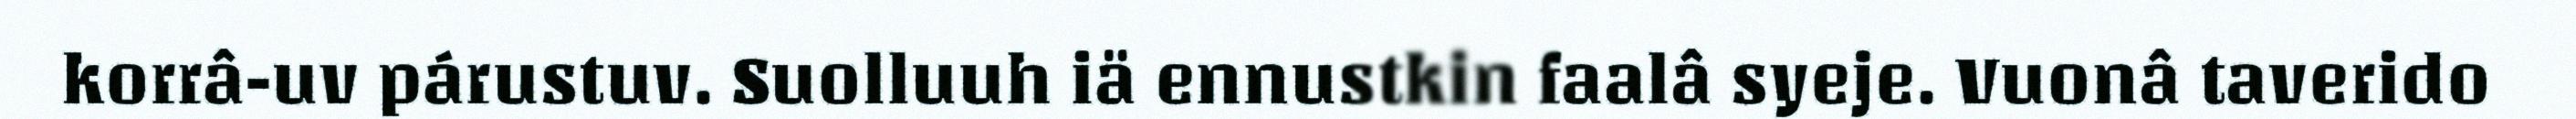
korrâ-uv párustuv. Suolluuh iä ennustkin faalâ syeje. Vuonâ taverido